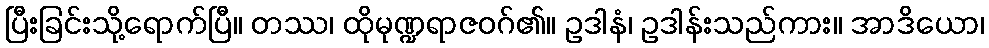
ပြီးခြင်းသို့ရောက်ပြီ။ တဿ၊ ထိုမုဏ္ဍရာဇဝဂ်၏။ ဥဒါနံ၊ ဥဒါန်းသည်ကား။ အာဒိယော၊